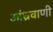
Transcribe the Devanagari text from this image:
आंध्रवाणी